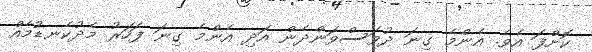
ކޮށްފަ އެވެ. އެންމެ ގިނަ ދުވަސްވަންދެން އަދި އެންމެ ގިނަ ފަހަރު މެދުކެނޑުމެއް